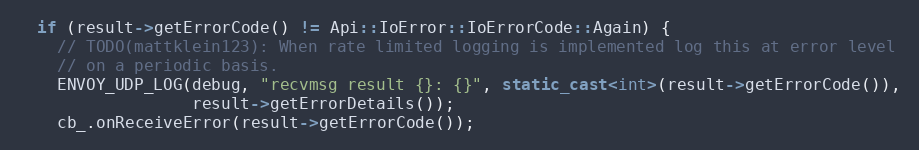
Language: C++
  if (result->getErrorCode() != Api::IoError::IoErrorCode::Again) {
    // TODO(mattklein123): When rate limited logging is implemented log this at error level
    // on a periodic basis.
    ENVOY_UDP_LOG(debug, "recvmsg result {}: {}", static_cast<int>(result->getErrorCode()),
                  result->getErrorDetails());
    cb_.onReceiveError(result->getErrorCode());